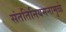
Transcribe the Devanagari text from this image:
संततिनियमनामुळे